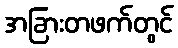
အခြားတဖက်တွင်